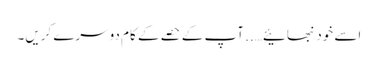
اسے خود نبھائیے….. آپ کے حصے کے کام دوسرے کریں۔